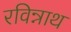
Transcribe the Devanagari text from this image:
रविन्नाथ